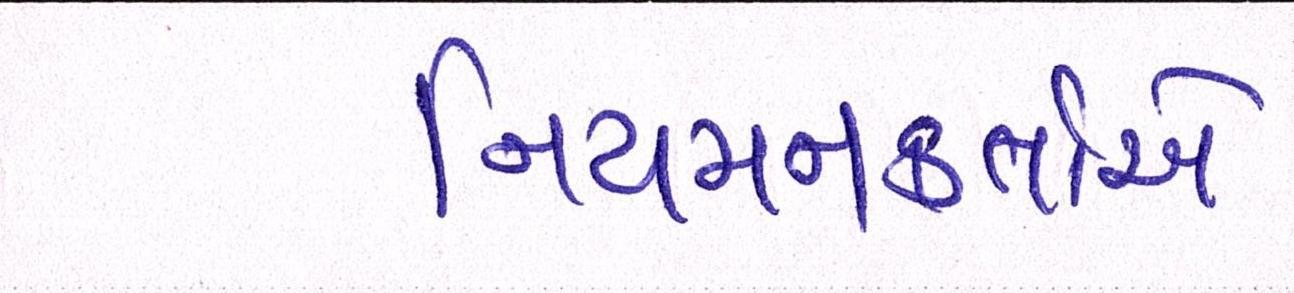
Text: નિયમનકર્તાએ